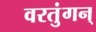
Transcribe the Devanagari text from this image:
वरतुंगन्